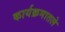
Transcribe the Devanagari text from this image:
कार्यक्रमातले